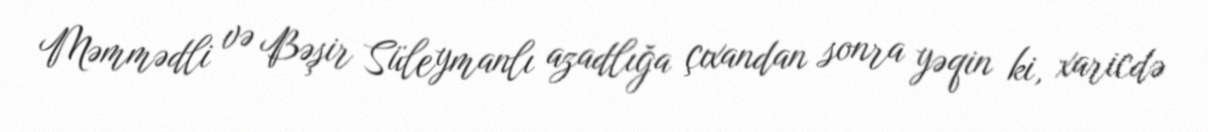
Məmmədli və Bəşir Süleymanlı azadlığa çıxandan sonra yəqin ki, xaricdə